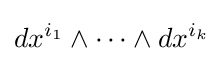
dx^{i_{1}}\wedge \cdots \wedge dx^{i_{k}}